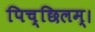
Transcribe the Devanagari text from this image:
पिच्छिलम्।